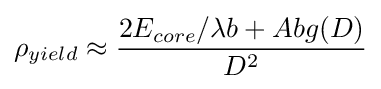
\rho _{yield}\approx {\frac {2E_{core}/\lambda b+Abg(D)}{D^{2}}}